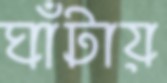
ঘাঁটায়